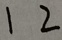
1 2